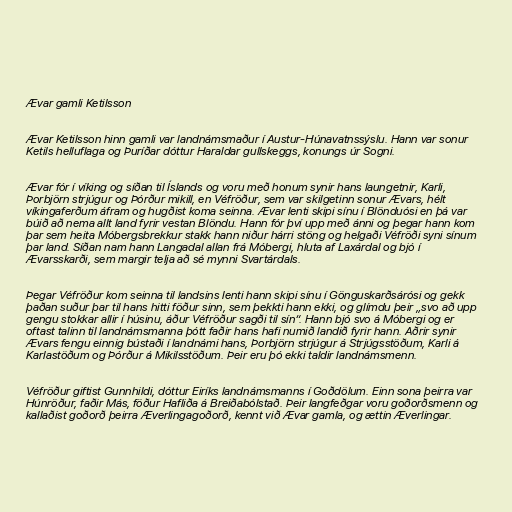
Ævar gamli Ketilsson

Ævar Ketilsson hinn gamli var landnámsmaður í Austur-Húnavatnssýslu. Hann var sonur
Ketils helluflaga og Þuríðar dóttur Haraldar gullskeggs, konungs úr Sogni.

Ævar fór í víking og síðan til Íslands og voru með honum synir hans laungetnir, Karli,
Þorbjörn strjúgur og Þórður mikill, en Véfröður, sem var skilgetinn sonur Ævars, hélt
víkingaferðum áfram og hugðist koma seinna. Ævar lenti skipi sínu í Blönduósi en þá var
búið að nema allt land fyrir vestan Blöndu. Hann fór því upp með ánni og þegar hann kom
þar sem heita Móbergsbrekkur stakk hann niður hárri stöng og helgaði Véfröði syni sínum
þar land. Síðan nam hann Langadal allan frá Móbergi, hluta af Laxárdal og bjó í
Ævarsskarði, sem margir telja að sé mynni Svartárdals.

Þegar Véfröður kom seinna til landsins lenti hann skipi sínu í Gönguskarðsárósi og gekk
þaðan suður þar til hans hitti föður sinn, sem þekkti hann ekki, og glímdu þeir „svo að upp
gengu stokkar allir í húsinu, áður Véfröður sagði til sín“. Hann bjó svo á Móbergi og er
oftast talinn til landnámsmanna þótt faðir hans hafi numið landið fyrir hann. Aðrir synir
Ævars fengu einnig bústaði í landnámi hans, Þorbjörn strjúgur á Strjúgsstöðum, Karli á
Karlastöðum og Þórður á Mikilsstöðum. Þeir eru þó ekki taldir landnámsmenn.

Véfröður giftist Gunnhildi, dóttur Eiríks landnámsmanns í Goðdölum. Einn sona þeirra var
Húnröður, faðir Más, föður Hafliða á Breiðabólstað. Þeir langfeðgar voru goðorðsmenn og
kallaðist goðorð þeirra Æverlingagoðorð, kennt við Ævar gamla, og ættin Æverlingar.